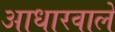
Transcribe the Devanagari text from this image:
आधारवाले